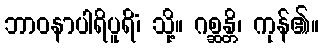
ဘာဝနာပါရိပူရိံ၊ သို့။ ဂစ္ဆန္တိ၊ ကုန်၏။